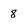
Character: 8